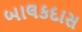
બાલકદાસ